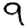
Digit: 9